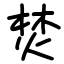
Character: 焚